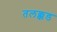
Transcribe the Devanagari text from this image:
तलक्कड